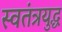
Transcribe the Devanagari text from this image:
स्वतंत्रयुद्ध